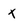
Character: x